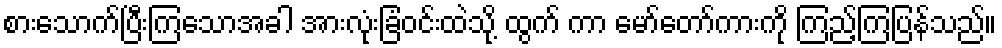
စားသောက်ပြီးကြသောအခါ အားလုံးခြံဝင်းထဲသို့ ထွက် ကာ မော်တော်ကားကို ကြည့်ကြပြန်သည်။